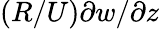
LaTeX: (R/U)\partial w/\partial z